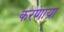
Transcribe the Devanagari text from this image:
करणाय्रा